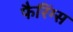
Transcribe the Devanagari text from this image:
फैरिंग्स